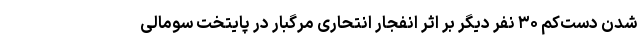
شدن دست‌کم ۳۰ نفر دیگر بر اثر انفجار انتحاری مرگبار در پایتخت سومالی